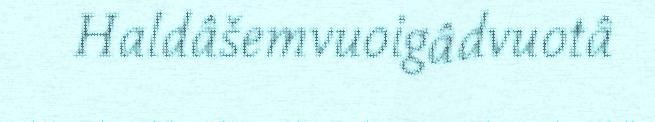
Haldâšemvuoigâdvuotâ